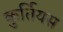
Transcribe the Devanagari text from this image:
कुर्तियस